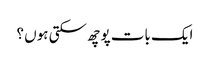
ایک بات پوچھ سکتی ہوں ؟